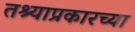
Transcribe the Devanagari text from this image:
तश्याप्रकारच्या